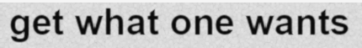
get what one wants